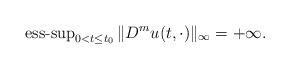
LaTeX: \begin{align*} \operatorname{ess-sup}_{0<t \le t_0} \| D^m u(t,\cdot) \|_{\infty} =+\infty.\end{align*}